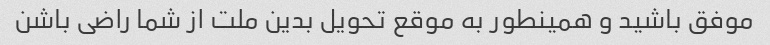
موفق باشید و همینطور به موقع تحویل بدین ملت از شما راضی باشن